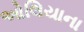
ઓલિયાના